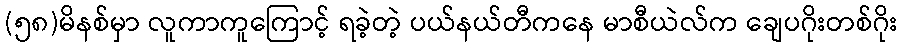
(၅၈)မိနစ်မှာ လူကာကူကြောင့် ရခဲ့တဲ့ ပယ်နယ်တီကနေ မာစီယဲလ်က ချေပဂိုးတစ်ဂိုး